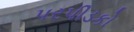
પરપીડકો